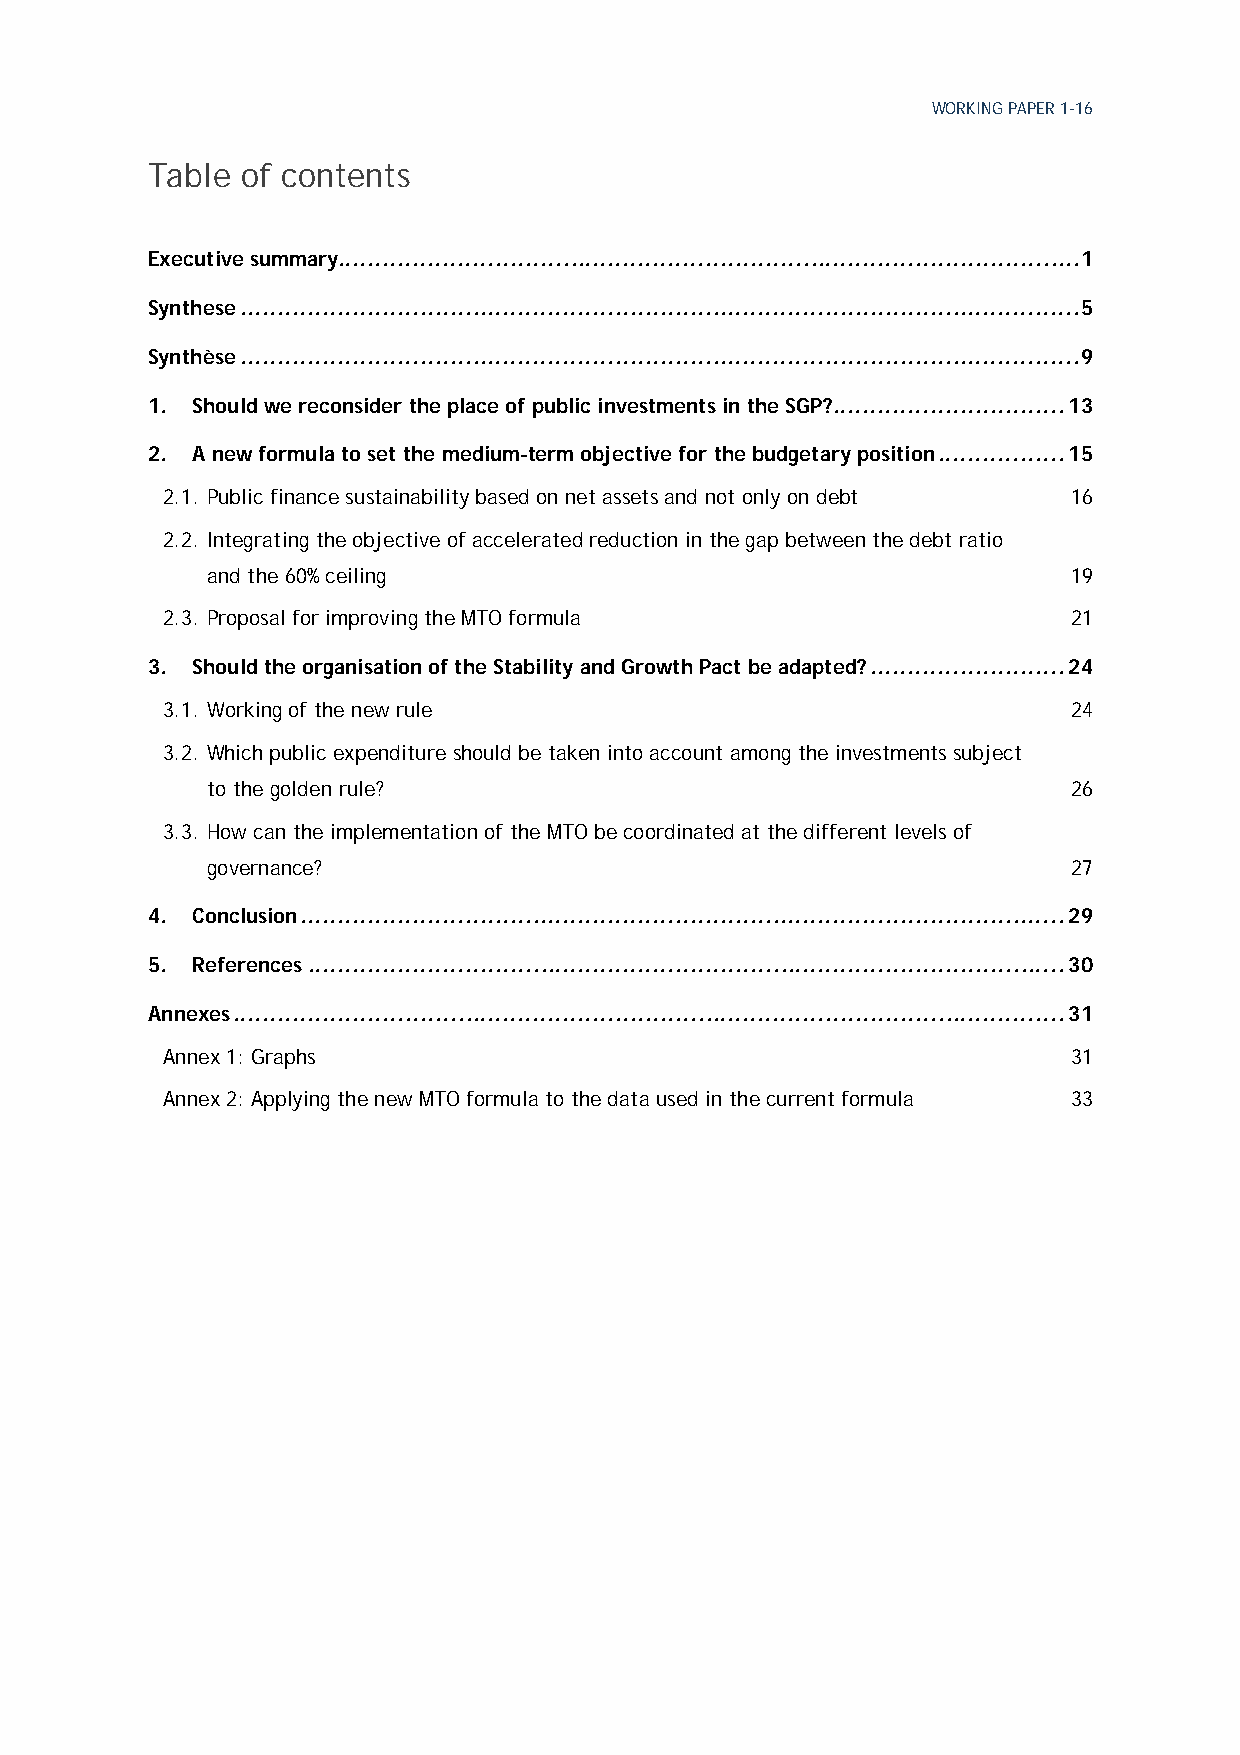
WORKING PAPER 1-16
 Table of contents
 Executive summary................................................................................................... 1
 Synthese ................................................................................................................ 5
 Synthèse ................................................................................................................ 9
 1. Should we reconsider the place of public investments in the SGP? ............................... 13
 2. A new formula to set the medium-term objective for the budgetary position ................. 15
 2.1. Public finance sustainability based on net assets and not only on debt 16
 2.2. Integrating the objective of accelerated reduction in the gap between the debt ratio
 and the 60% ceiling                                      19
 2.3. Proposal for improving the MTO formula                 21
 3. Should the organisation of the Stability and Growth Pact be adapted? .......................... 24
 3.1. Working of the new rule                                24
 3.2. Which public expenditure should be taken into account among the investments subject
 to the golden rule?                                      26
 3.3. How can the implementation of the MTO be coordinated at the different levels of
 governance?                                              27
 4. Conclusion ...................................................................................................... 29
 5. References ..................................................................................................... 30
 Annexes ............................................................................................................... 31
 Annex 1: Graphs                                             31
 Annex 2: Applying the new MTO formula to the data used in the current formula 33